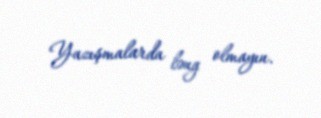
Yazışmalarda ləng olmayın.